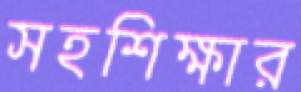
সহশিক্ষার